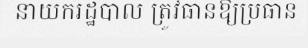
នាយករដ្ឋបាល ត្រូវធានឱ្យប្រធាន